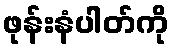
ဖုန်းနံပါတ်ကို